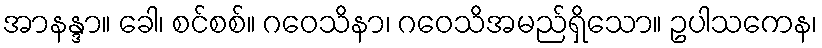
အာနန္ဒာ။ ခေါ၊ စင်စစ်။ ဂဝေသိနာ၊ ဂဝေသိအမည်ရှိသော။ ဥပါသကေန၊